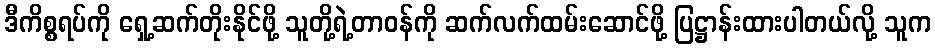
ဒီကိစ္စရပ်ကို ရှေ့ဆက်တိုးနိုင်ဖို့ သူတို့ရဲ့တာဝန်ကို ဆက်လက်ထမ်းဆောင်ဖို့ ပြဋ္ဌာန်းထားပါတယ်လို့ သူက